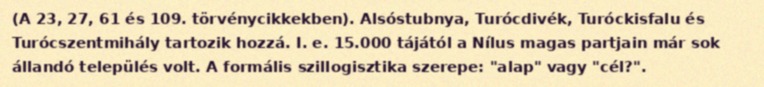
(A 23, 27, 61 és 109. törvénycikkekben). Alsóstubnya, Turócdivék, Turóckisfalu és Turócszentmihály tartozik hozzá. I. e. 15.000 tájától a Nílus magas partjain már sok állandó település volt. A formális szillogisztika szerepe: "alap" vagy "cél?".